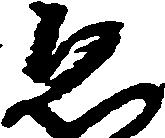
ゑ